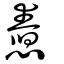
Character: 憃